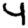
Digit: 4